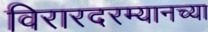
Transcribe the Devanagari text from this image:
विरारदरम्यानच्या